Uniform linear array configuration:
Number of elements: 12
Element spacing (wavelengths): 0.75
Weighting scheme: hamming
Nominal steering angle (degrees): -45
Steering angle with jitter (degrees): -43.184
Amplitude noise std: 0.05
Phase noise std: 0.05

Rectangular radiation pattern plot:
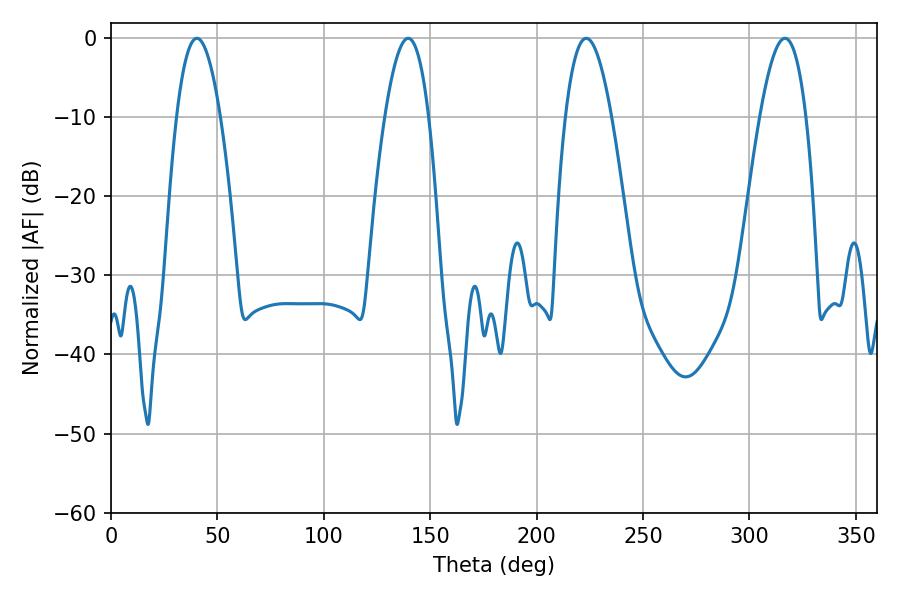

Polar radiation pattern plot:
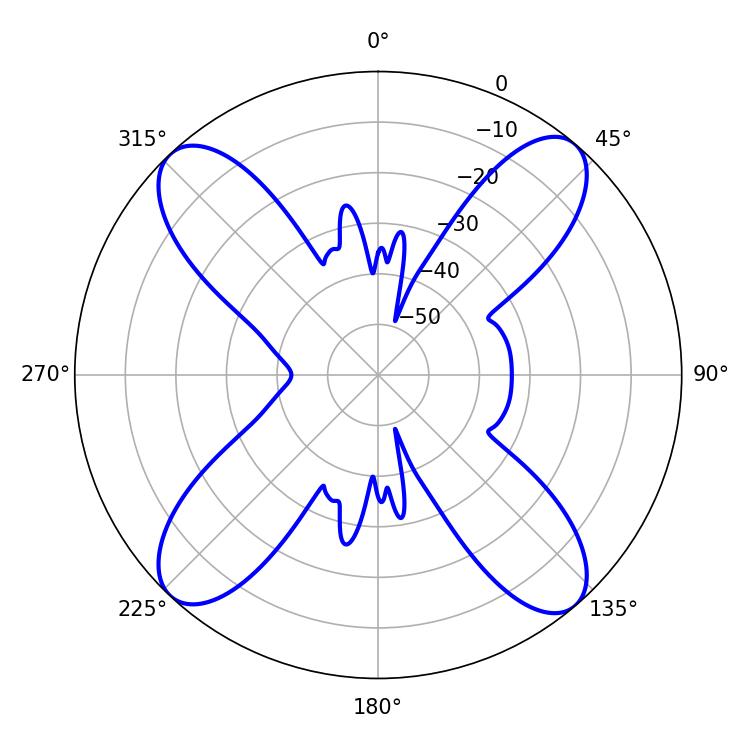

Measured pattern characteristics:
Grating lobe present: TRUE
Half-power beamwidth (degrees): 11.34
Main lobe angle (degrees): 40.32